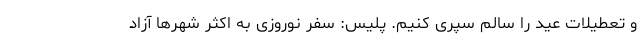
و تعطیلات عید را سالم سپری کنیم. پلیس: سفر نوروزی به اکثر شهرها آزاد